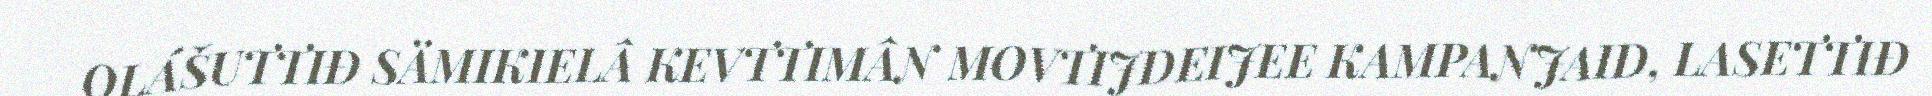
OLÁŠUTTIĐ SÄMIKIELÂ KEVTTIMÂN MOVTIJDEIJEE KAMPANJAID, LASETTIĐ